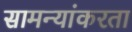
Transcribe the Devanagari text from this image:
सामन्यांकरता